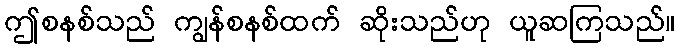
ဤစနစ်သည် ကျွန်စနစ်ထက် ဆိုးသည်ဟု ယူဆကြသည်။